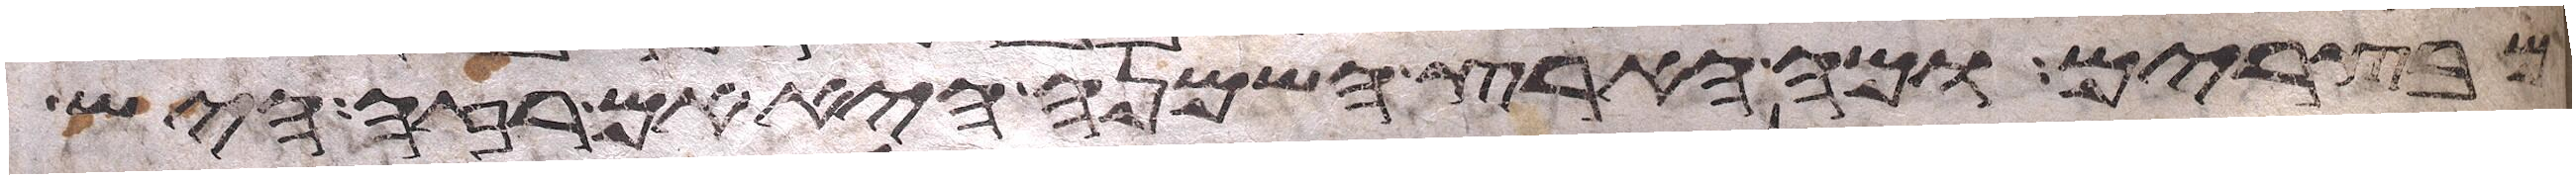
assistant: מבצרים ומה הארץ השמנה היא אם רזה היש